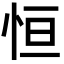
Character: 恒